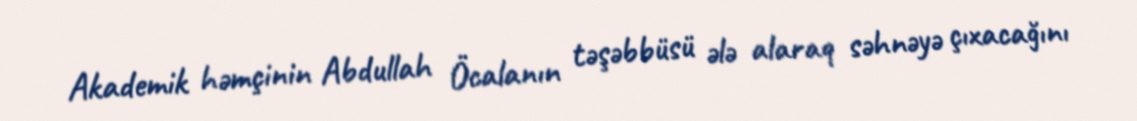
Akademik həmçinin Abdullah Öcalanın təşəbbüsü ələ alaraq səhnəyə çıxacağını